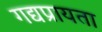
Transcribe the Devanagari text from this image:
गद्यप्रायता